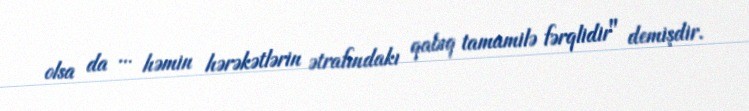
olsa da ... həmin hərəkətlərin ətrafındakı qabıq tamamilə fərqlidir" demişdir.